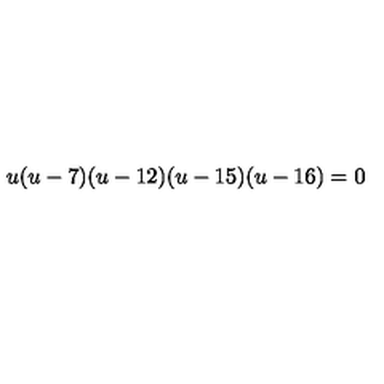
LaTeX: u ( u - 7 ) ( u - 1 2 ) ( u - 1 5 ) ( u - 1 6 ) = 0